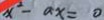
x ^ { 2 } - a x = 0